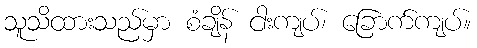
သူသိထားသည်မှာ စံချိန် ငါးကျပ်၊ ခြောက်ကျပ်။